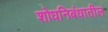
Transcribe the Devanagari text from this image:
शोधनिबंधातील